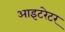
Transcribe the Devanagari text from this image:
आइटरेटर